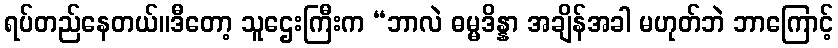
ရပ်တည်နေတယ်။ဒီတော့ သူဌေးကြီးက “ဘာလဲ ဓမ္မဒိန္နာ အချိန်အခါ မဟုတ်ဘဲ ဘာကြောင့်